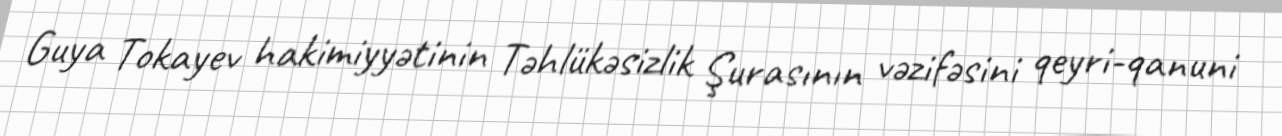
Guya Tokayev hakimiyyətinin Təhlükəsizlik Şurasının vəzifəsini qeyri-qanuni